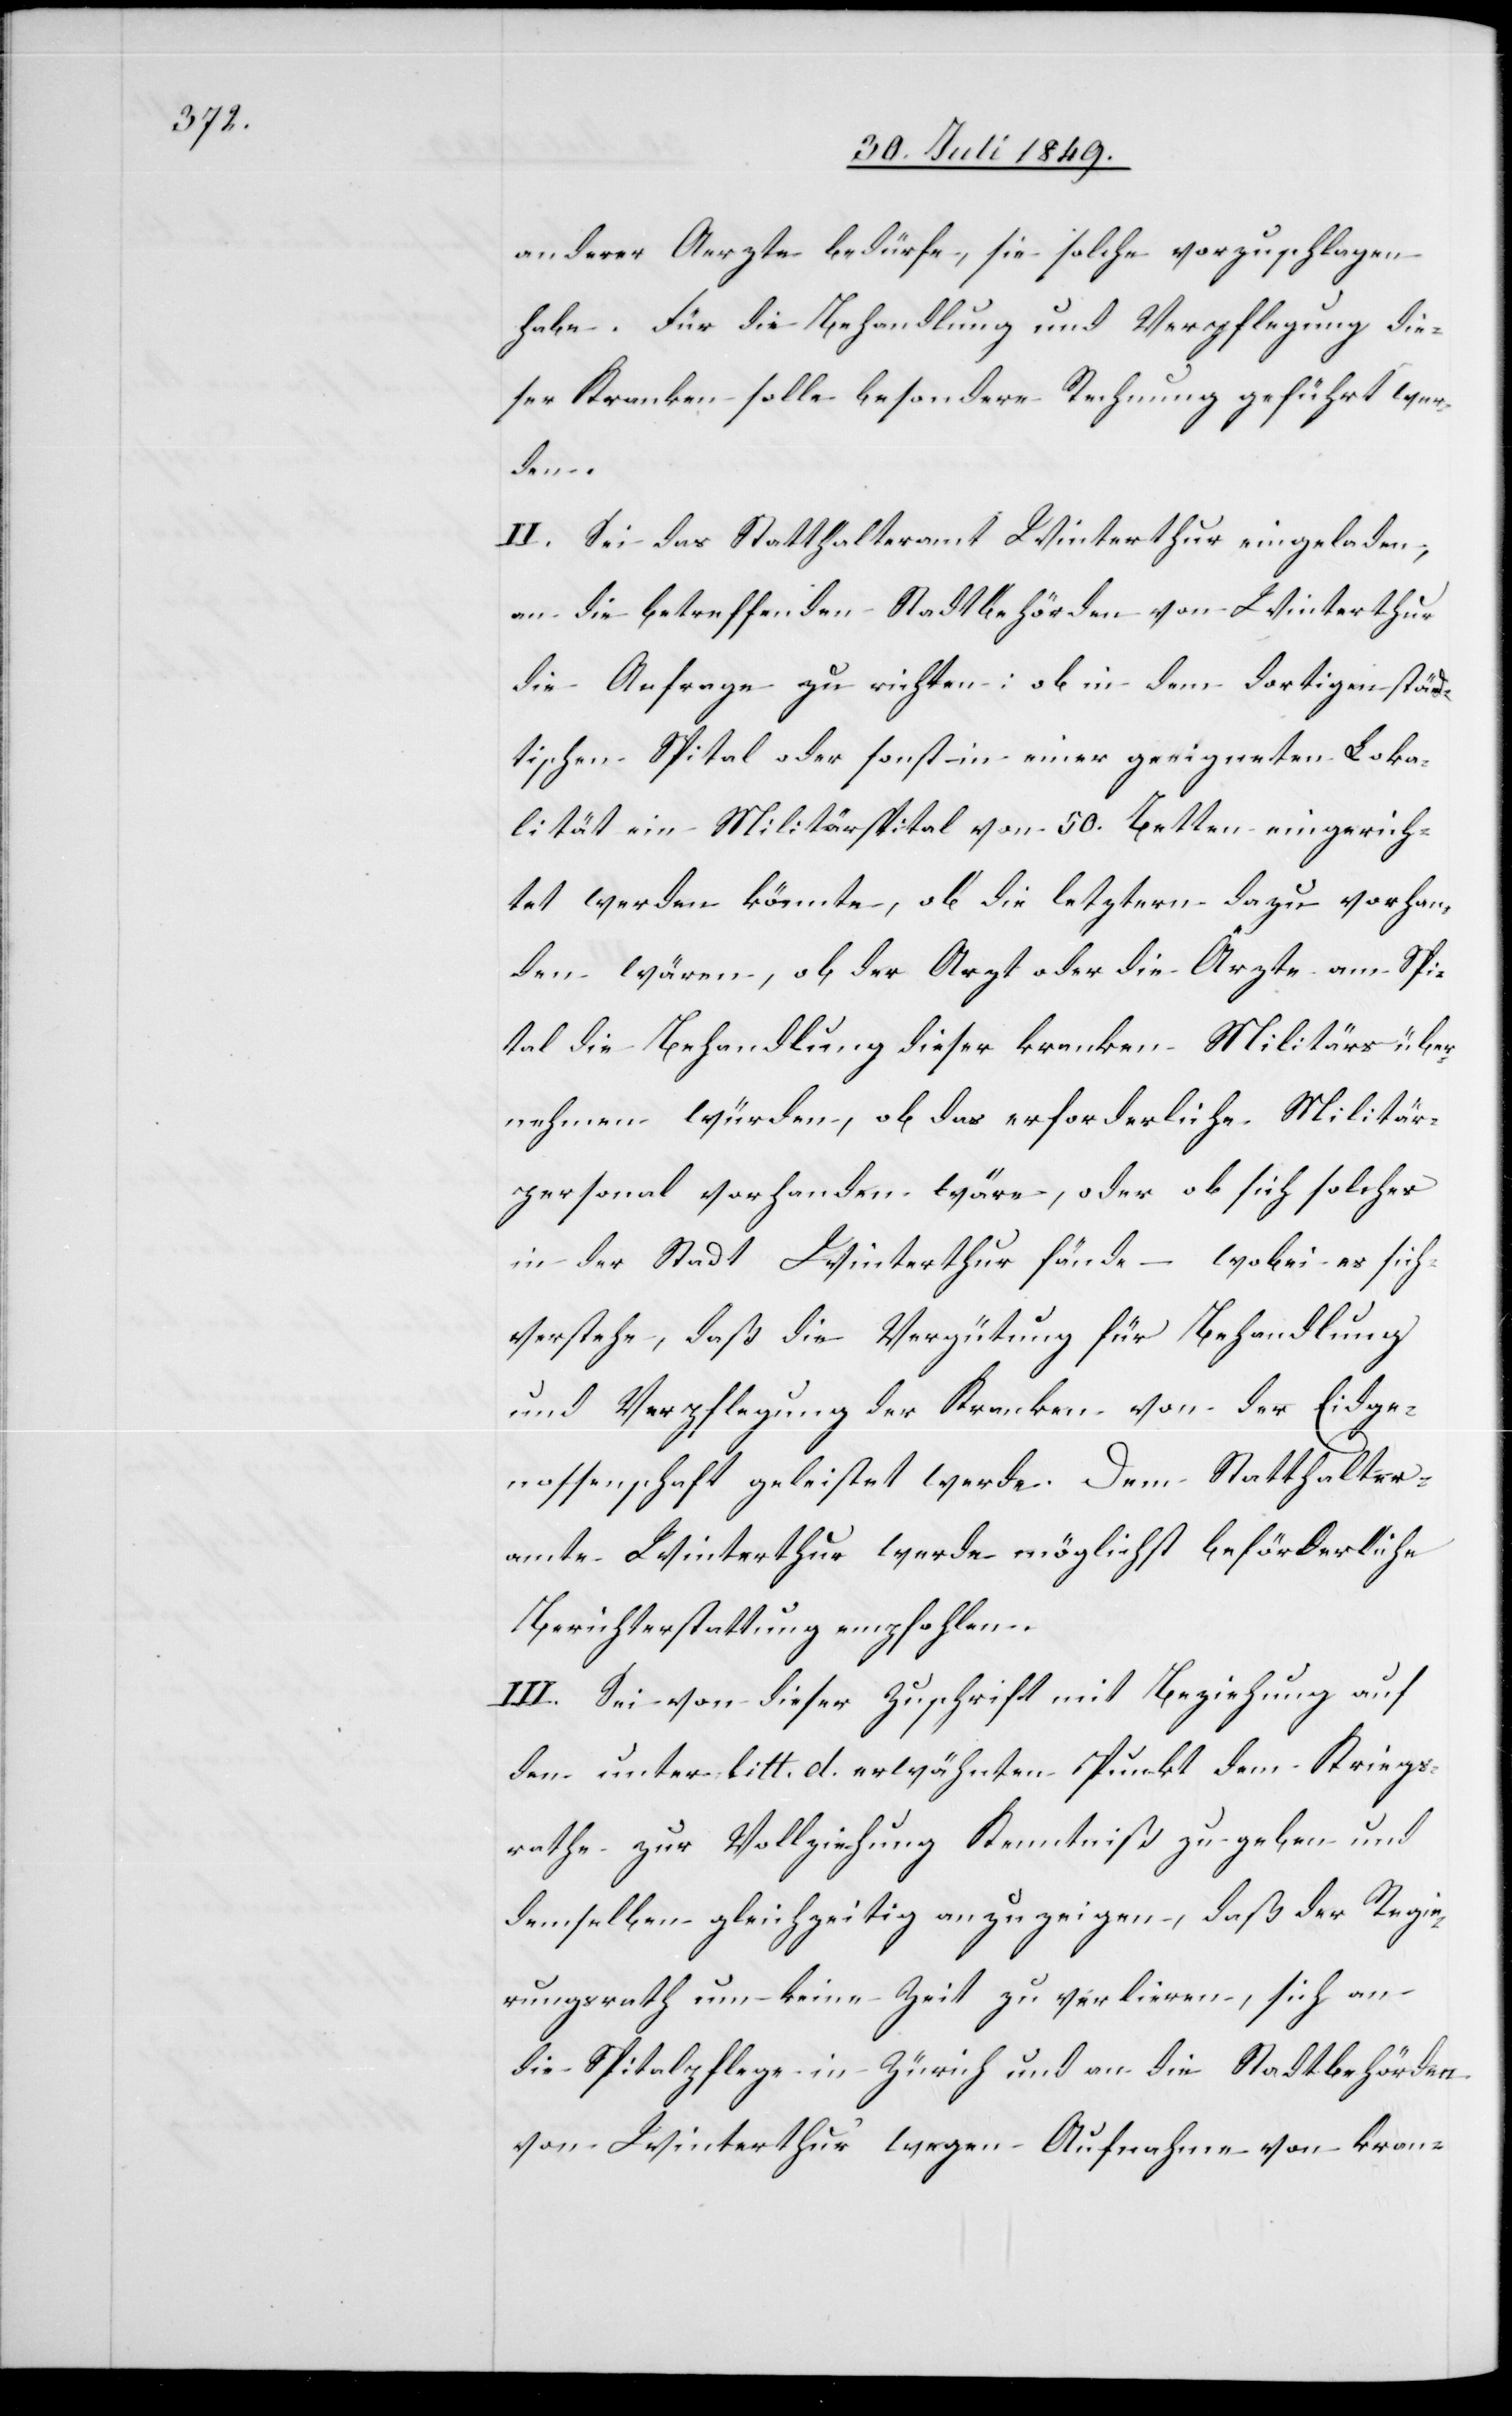
anderer Aerzte bedürfe, sie solche vorzuschlagen
habe. Für die Behandlung und Verpflegung die¬
ser Kranken solle besondere Rechnung geführt wer¬
den.
II. Sei das Statthalteramt Winterthur eingeladen,
an die betreffenden Stadtbehörden von Winterthur
die Anfrage zu richten: ob in dem dortigen städ¬
tischen Spital oder sonst in einer geeigneten Loka¬
lität ein Militärspital von 50. Betten eingerich¬
tet werden könnte, ob die letztern dazu vorhan¬
den wären, ob der Arzt oder die Ärzte am Spi¬
tal die Behandlung dieser kranken Militärs über¬
nehmen würden, ob das erforderliche Militär¬
personal vorhanden wäre, oder ob sich solcher
in der Stadt Winterthur fände – wobei es sich
verstehe, daß die Vergütung für Behandlung
und Verpflegung der Kranken von der Eidge¬
nossenschaft geleistet werde. Dem Statthalter¬
amte Winterthur werde möglichst beförderliche
Berichterstattung empfohlen.
III. Sei von dieser Zuschrift mit Beziehung auf
den unter litt. d. erwähnten Punkt dem Kriegs¬
rathe zur Vollziehung Kenntniß zu geben und
demselben gleichzeitig anzuzeigen, daß der Regie¬
rungsrath um keine Zeit zu verlieren, sich an
die Spitalpflege in Zürich und an die Stadtbehörden
von Winterthur wegen Aufnahme von kran-